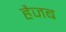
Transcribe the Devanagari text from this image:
हैजब